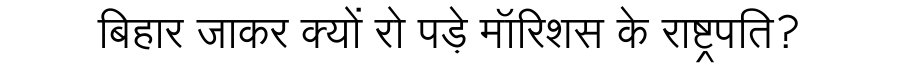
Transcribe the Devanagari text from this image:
बिहार जाकर क्यों रो पड़े मॉरिशस के राष्ट्रपति?